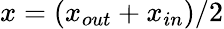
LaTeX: x=(x_{out}+x_{in})/2